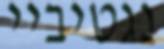
נגטיביי